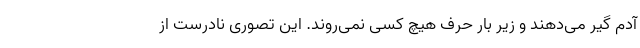
آدم گیر می‌دهند و زیر بار حرف هیچ کسی نمی‌روند. این تصوری نادرست از